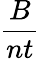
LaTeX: \frac{B}{nt}